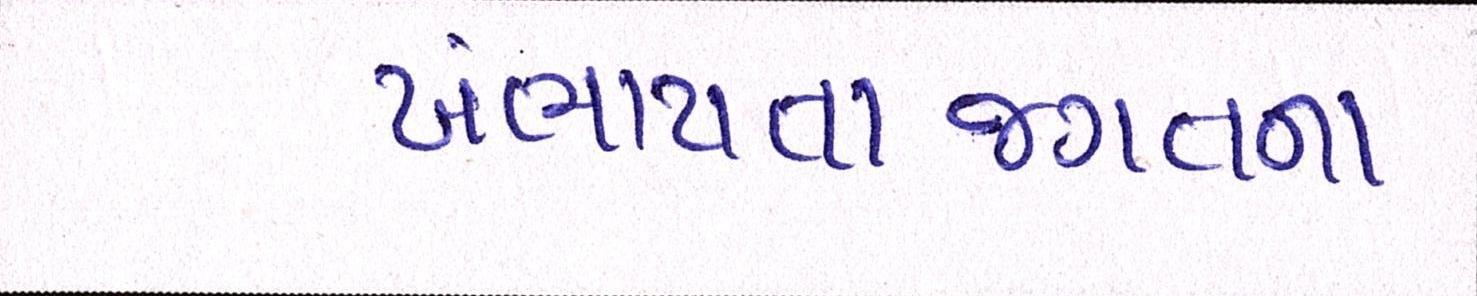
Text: ખંભાયતાજગતના